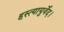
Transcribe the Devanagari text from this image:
हस्त्यायुर्वेद।